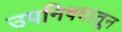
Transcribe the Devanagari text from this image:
उपनिषदातून